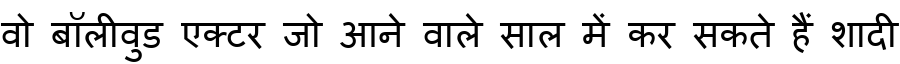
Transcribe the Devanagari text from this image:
वो बॉलीवुड एक्टर जो आने वाले साल में कर सकते हैं शादी